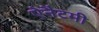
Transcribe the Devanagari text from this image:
ऐनैटमी